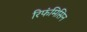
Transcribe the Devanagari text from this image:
रिफंमिसिन